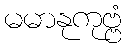
မမာနုကုဗ္ဗံ